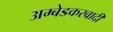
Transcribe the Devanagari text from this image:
अम्‍बेडकरवादी